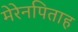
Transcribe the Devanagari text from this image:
मेरेनपिताह